Vital statistics of India. Vol. V, Reports of 1876 on armies & jails and on epidemic cholera
Year: 1876
Disease focus: Cholera
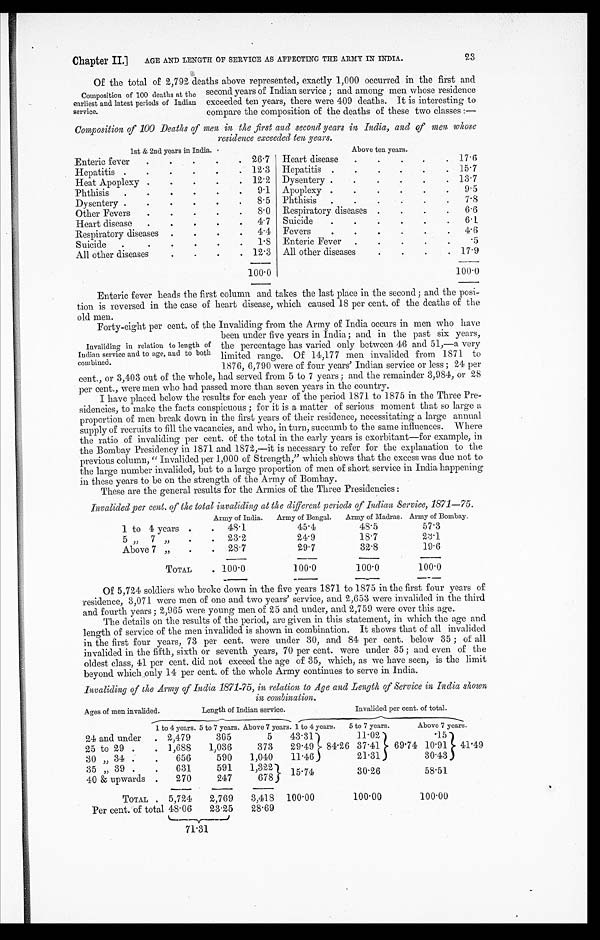
Chapter II.]
AGE AND LENGTH OF SERVICE AS AFFECTING THE ARMY IN INDIA.
23
Of the total of 2,792 deaths above represented, exactly 1,000 occurred in the first and
second years of Indian service; and among men whose residence
exceeded ten years, there were 409 deaths. It is interesting to
compare the composition of the deaths of these two classes:—
Composition of 100 Deaths of men in the first and second years in India, and of men whose
residence exceeded ten years.
1st & 2nd years in India.
Above ten years.
Enteric fever . . . 26.7 Heart disease . . . 17.6
Hepatitis . . . 12.3 Hepatitis
. . . 15.7
Heat Apoplexy . . . 12.2 Dysentery . . . 13.7
P h t h i s i s . . .
9.1 Apoplexy
. . . 9.5
Dysentery . . . 8.5 Phthisis
. . .
7.8
O t h e r F e v e r s
. . .
8.0 Respiratory diseases
. . . 6.6
Heart disease . . .
4.7 Suicide. . . 6. 1
Respiratory diseases
. . . 4.4 Fevers . . . 4.6
S u i c i d e . . .
1.8 Enteric Fever. . .
.5
All other diseases. . . 12.3 All other diseases. . . 17.9
100.0
100.0
Enteric fever heads the first column and. takes the last place in the second; and the posi
-
tion is reversed in the case of heart disease, which caused 18 per cent. of the deaths of the
old men.
Forty-eight per cent of the Invaliding from the Army of India occurs in men who have
been under five years in India; and in the past six years,
the percentage has varied only between 46 and 51,—a very
limited range. Of 14,177 men invalided from 1871 to
1876, 6,790 were of four years' Indian service or less; 24 per
cent., or 3,403 out of the whole, had served from 5 to 7 years; and the remainder 3,984, or 28
per cent., were men who had passed more than seven years in the country.
I have placed below the results for each year of the period 1871 to 1875 in the Three Pre
-
sidencies, to make the facts conspicuous; for it is a matter of serious moment that so large a
proportion of men break down in the first years of their residence, necessitating a large annual
supply of recruits to fill the vacancies, and who, in turn, succumb to the same influences. Where
the ratio of invaliding per cent of the total in the early years is exorbitant—for example, in
the Bombay Presidency in 1871 and 1872,—it is necessary to refer for the explanation to the
previous column, "invalided per 1,000 of Strength," which shows that the excess was due not to
the large number invalided, but to a large proportion of men of short. service in India happening
in these years to be on the strength of the Army of Bombay.
These are the general results for the Armies of the Three Presidencies :
Invalided per cent. of the total invaliding at the different periods of Indian Service, 1871—75.
Army of India.
Army of Bengal.
Army of Madras. Army of Bombay.
1 to 4 years . . . 48.1
45.4
48.5
57.3
5
" 7 " . . .
2 3 . 2
24.9
18.7
23.1
Above 7 „
. . . 28.7
29.7
32.8
19.6
TOTAL . . . 100.0
100.0
100.0
100.0
Of 5,724 soldiers who broke down in the five years 1871 to 1875 in the first four years of
residence, 3,071 were men of one and two years' service, and 2,653 were invalided in the third
and fourth years; 2,965 were young men of 25 and under, and 2,759 were over this age.
The details on the results of the period, are given in this statement, in which the age and
length of service of the men invalided is shown in combination. It shows that of all invalided
in the first four years, 73 per cent. were under 30, and 84 per cent. below 35; of all
invalided in the fifth, sixth or seventh years, 70 per cent were under 35; and even of the
oldest class, 41 per cent. did not exceed the age of 35, which, as we have seen, is the limit
beyond which only 14 per cent of the whole Army continues to serve in India.
Invaliding of the Army of India 1871-75, in relation to Age and Length of Service in India shown
in combination.
Ages of men invalided.
Length of Indian service.
Invalided per cent of total.
1 to 4 years. 5 to 7 years. Above 7 years. 1 to 4 years.
5 to 7 years.
Above 7 years.
24 and under . . . 2,479
305
5
43.31
84.26
11.02
69.74
.15
41.49
25 to 29
. . . 1,688
1,036
373
29.49
37.41
10.91
30 " 34
. . .
656
590
1,040
11.46
21.31
30.43
35 " 39
. . .
631
591
1,322
15.74
30.26
58.51
40 & upwards . . .
270
247
678
TOTAL . . .
5,724
2,769
3,418 100.00
100.00
100.00
Per cent of total 48.06
23.25
28.69
71.31
Composition of 100 deaths at the
earliest and latest periods of Indian
service.
Invaliding in relation to length of
Indian service and to age, and to both
combined.